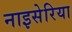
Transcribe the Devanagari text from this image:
नाइसेरिया